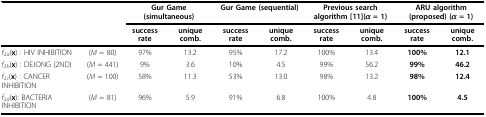
| <COLSPAN=2>  | <COLSPAN=2> Gur Game (simultaneous) | <COLSPAN=2> Gur Game (sequential) | <COLSPAN=2> Previous search algorithm [11](α = 1) | <COLSPAN=2> ARU algorithm (proposed) (α = 1) |
 | <COLSPAN=2>  | success rate | unique comb. | success rate | unique comb. | success rate | unique comb. | success rate | unique comb. |
 | --- | --- | --- | --- | --- | --- | --- | --- | --- | --- |
 | f2a(x) : HIV INHIBITION | (M = 80) | 97% | 13.2 | 95% | 17.2 | 100% | 13.4 | 100% | 12.1 |
 | f2b(x) : DEJONG (2ND) | (M = 441) | 9% | 3.6 | 10% | 4.5 | 99% | 56.2 | 99% | 46.2 |
 | f2c(x) : CANCER INHIBITION | (M = 100) | 58% | 11.3 | 53% | 13.0 | 98% | 13.2 | 98% | 12.4 |
 | f2d(x): BACTERIA INHIBITION | (M = 81) | 96% | 5.9 | 91% | 6.8 | 100% | 4.8 | 100% | 4.5 |